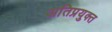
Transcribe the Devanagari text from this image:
अतिप्रयुक्त